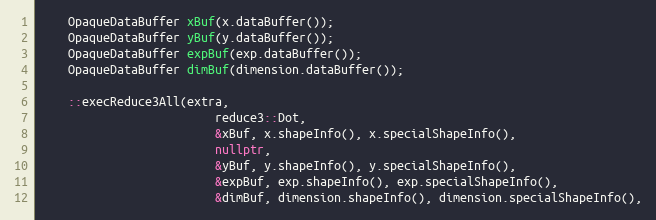
Language: C++
    OpaqueDataBuffer xBuf(x.dataBuffer());
    OpaqueDataBuffer yBuf(y.dataBuffer());
    OpaqueDataBuffer expBuf(exp.dataBuffer());
    OpaqueDataBuffer dimBuf(dimension.dataBuffer());

    ::execReduce3All(extra,
                         reduce3::Dot,
                         &xBuf, x.shapeInfo(), x.specialShapeInfo(),
                         nullptr,
                         &yBuf, y.shapeInfo(), y.specialShapeInfo(),
                         &expBuf, exp.shapeInfo(), exp.specialShapeInfo(),
                         &dimBuf, dimension.shapeInfo(), dimension.specialShapeInfo(),